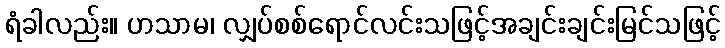
ရံခါလည်း။ ဟသာမ၊ လျှပ်စစ်ရောင်လင်းသဖြင့်အချင်းချင်းမြင်သဖြင့်